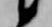
候